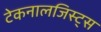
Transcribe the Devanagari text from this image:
टेकनालजिस्ट्‌स